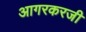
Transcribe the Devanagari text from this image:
आगरकरजी